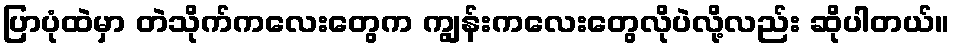
ပြာပုံထဲမှာ တဲသိုက်ကလေးတွေက ကျွန်းကလေးတွေလိုပဲလို့လည်း ဆိုပါတယ်။